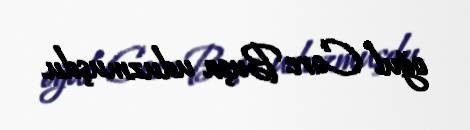
oğul Corc Buşa uduzmuşdu.